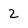
Character: 2